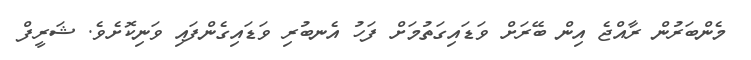
މެންބަރުން ރާއްޖެ އިން ބޭރަށް ވަޑައިގަތުމަށް ފަހު އެނބުރި ވަޑައިގެންފައި ވަނިކޮށެވެ. ޝަރީފް